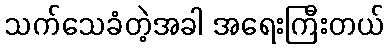
သက်သေခံတဲ့အခါ အရေးကြီးတယ်